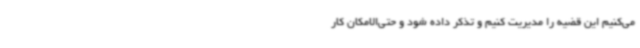
می‌کنیم این قضیه را مدیریت کنیم و تذکر داده شود و حتی‌الامکان کار